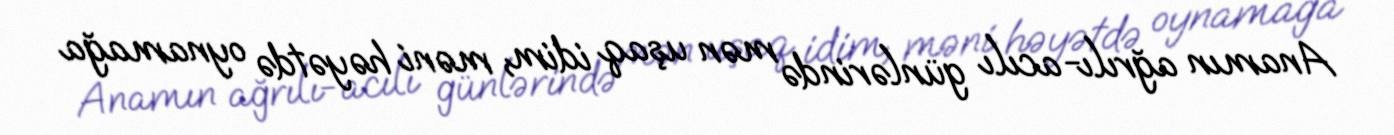
Anamın ağrılı-acılı günlərində mən uşaq idim, məni həyətdə oynamağa